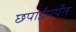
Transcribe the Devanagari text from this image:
छपाईपर्यंत